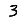
Digit: 3